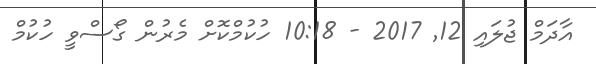
އާދަމް ޖުލައި 12